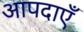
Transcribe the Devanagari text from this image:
आपदाएँ